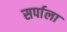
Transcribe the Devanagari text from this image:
सर्पाला